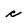
Character: c